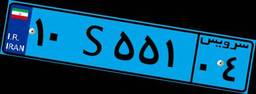
۱۸S۶۱۴۶۶